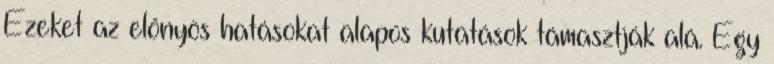
Ezeket az előnyös hatásokat alapos kutatások támasztják alá. Egy